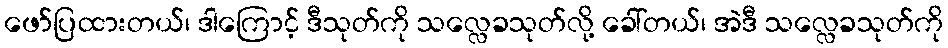
ဖော်ပြထားတယ်၊ ဒါကြောင့် ဒီသုတ်ကို သလ္လေခသုတ်လို့ ခေါ်တယ်၊ အဲဒီ သလ္လေခသုတ်ကို